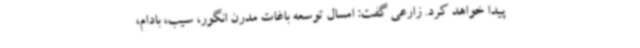
پیدا خواهد کرد. زارعی گفت: امسال توسعه باغات مدرن انگور، سیب، بادام،